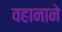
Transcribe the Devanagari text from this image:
वहानाने